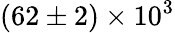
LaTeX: (62\pm 2)\times 10^{3}